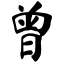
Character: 曾